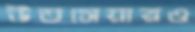
উতসেয়ারও